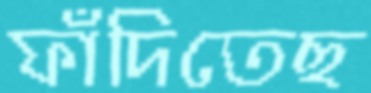
ফাঁদিতেছ